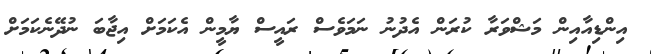
އިންޑިއާއިން މަޝްވަރާ ކުރަން އެދުނު ނަމަވެސް ރައީސް ޔާމީން އެކަމަށް އިޖާބަ ނުދޭނެކަމަށް